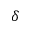
\delta